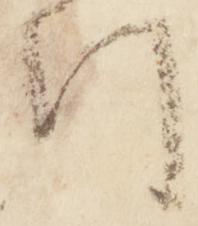
門